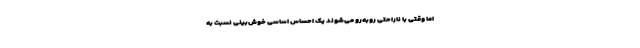
اما وقتی با ناراحتی روبه‌رو می‌شوند یک احساس اساسی خوش‌بینی نسبت به